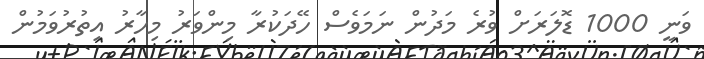
ވަނީ 1000 ޑޮލަރަށް ވުރެ މަދުން ނަމަވެސް ހޭދަކުރާ މިންވަރު މިހާރު އިތުރުވަމުން